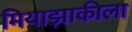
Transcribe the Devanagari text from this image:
मियाझाकीला